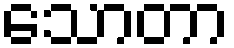
သောတာ